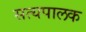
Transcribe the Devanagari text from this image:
सत्यपालक